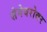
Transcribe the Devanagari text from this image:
सेनेबरोबर